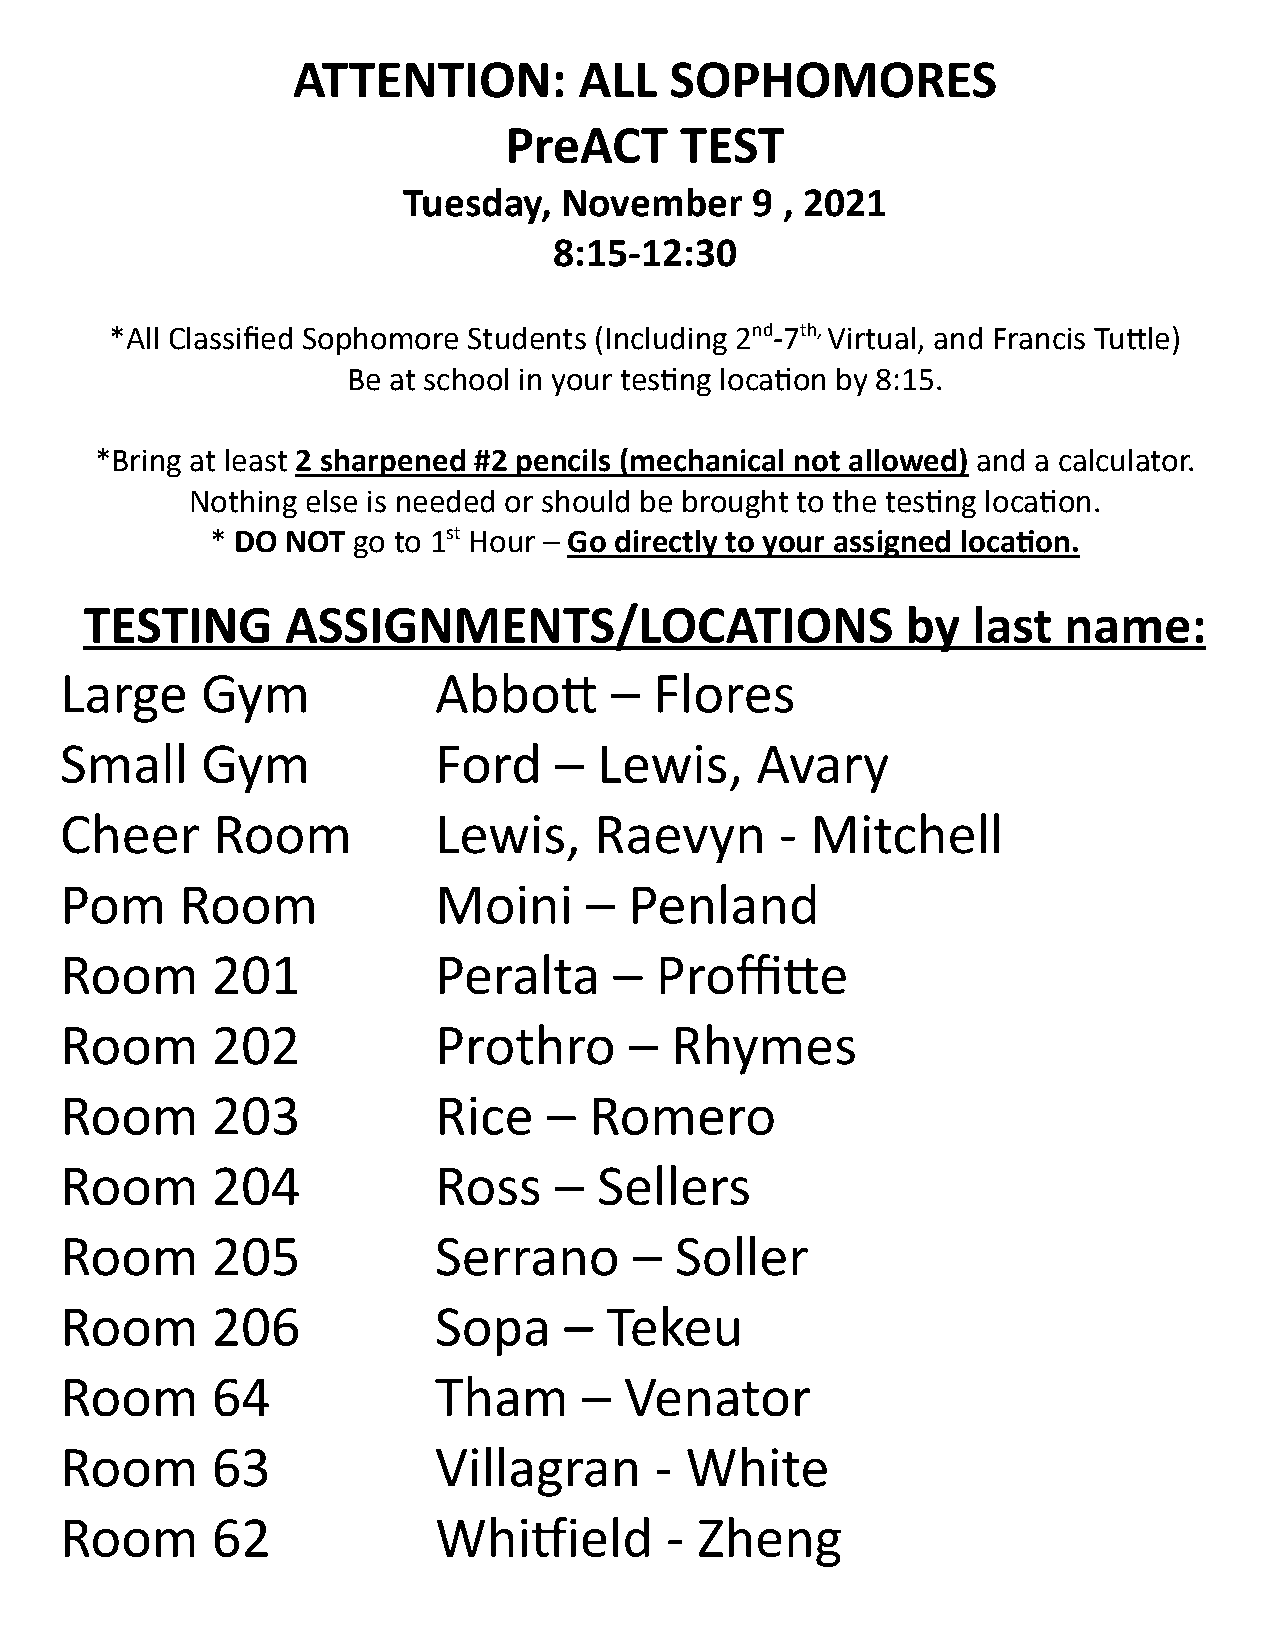
ATTENTION:         ALL   SOPHOMORES
 PreACT      TEST
 Tuesday,  November     9 , 2021
 8:15-12:30
 *All Classified Sophomore Students (Including 2 nd -7 th, Virtual, and Francis Tule)
 Be at school in your tesng locaon by 8:15.
 *Bring at least 2 sharpened #2 pencils (mechanical not allowed) and a calculator.
 Nothing else is needed or should be brought to the tesng locaon.
 * DO NOT go to 1 st Hour – Go directly to your assigned locaon.
 TESTING      ASSIGNMENTS/LOCATIONS                    by  last  name:
 Large    Gym             Abbo      –  Flores
 Small    Gym             Ford    –  Lewis,    Avary
 Cheer     Room           Lewis,    Raevyn       - Mitchell
 Pom     Room             Moini     –  Penland
 Room      201            Peralta     – Proffie
 Room      202            Prothro      – Rhymes
 Room      203            Rice   –  Romero
 Room      204            Ross    –  Sellers
 Room      205            Serrano      –  Soller
 Room      206            Sopa    –  Tekeu
 Room      64             Tham      – Venator
 Room      63             Villagran     - White
 Room      62             Whiield       - Zheng